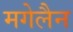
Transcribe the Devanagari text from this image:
मगेलैन